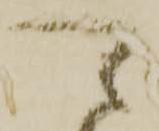
可